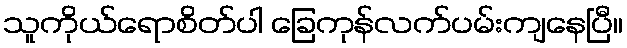
သူကိုယ်ရောစိတ်ပါ ခြေကုန်လက်ပမ်းကျနေပြီ။